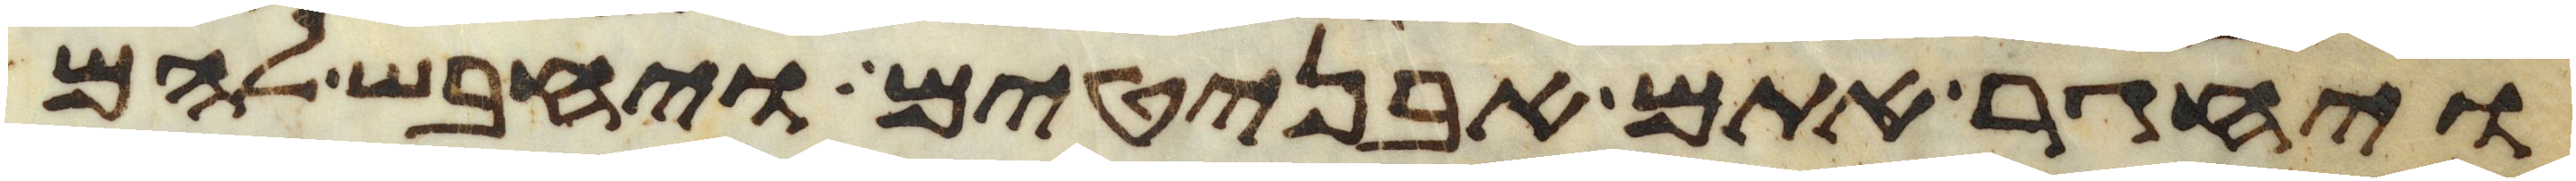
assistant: ויחגר אתם אבניטים ויחבש להם